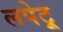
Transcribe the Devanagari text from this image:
लपेटू